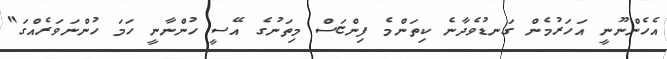
އެހެންނޫނީ އަހަރުމެން ގަނޑުވެދާނެ ކިތަންމެ ފިންޏަސް މިތަނުގެ އޭސީ ހުންނާނީ ހަމަ ހުންނަވަރެއްގަ"